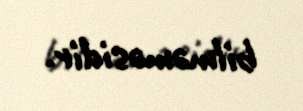
bilməməsidir.